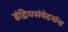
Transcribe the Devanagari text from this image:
इंद्रियसंवेदनांना